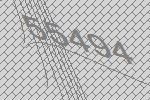
55494